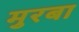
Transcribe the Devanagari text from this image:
मुरबा